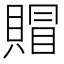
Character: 賵